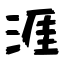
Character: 涯